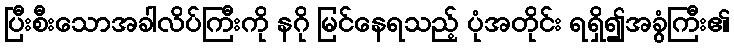
ပြီးစီးသောအခါလိပ်ကြီးကို နဂို မြင်နေရသည့် ပုံအတိုင်း ရရှိ၍အခွံကြီး၏